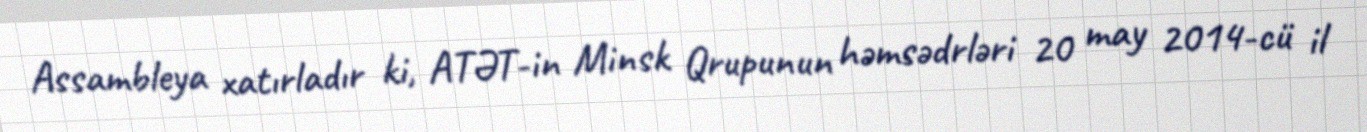
Assambleya xatırladır ki, ATƏT-in Minsk Qrupunun həmsədrləri 20 may 2014-cü il